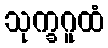
သုက္ခဂူထံ